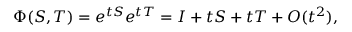
\Phi ( S , T ) = e ^ { t S } e ^ { t T } = I + t S + t T + O ( t ^ { 2 } ) ,